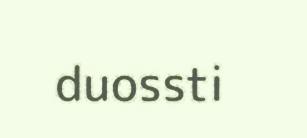
duossti